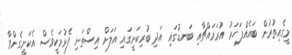
މީގެއިތުރުން ބައެއްފަހަރު އުރަމައްޗާއި ބަނޑުގައި އަދި ބުރިކަށީގައި އަލަށް އިސްތަށި ފެޅުމަކީވެސް އެކަށީގެންވާ